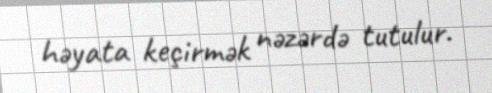
həyata keçirmək nəzərdə tutulur.